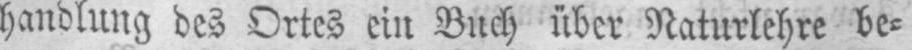
handlung des Ortes ein Buch über Naturlehre be⸗